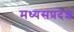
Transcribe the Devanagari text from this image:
मध्यसप्रदेश